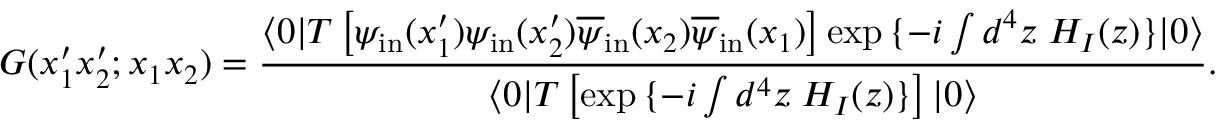
G ( x _ { 1 } ^ { \prime } x _ { 2 } ^ { \prime } ; x _ { 1 } x _ { 2 } ) = \frac { \langle 0 | T \left[ \psi _ { \mathrm { i n } } ( x _ { 1 } ^ { \prime } ) \psi _ { \mathrm { i n } } ( x _ { 2 } ^ { \prime } ) \overline { { \psi } } _ { \mathrm { i n } } ( x _ { 2 } ) \overline { { \psi } } _ { \mathrm { i n } } ( x _ { 1 } ) \right] \exp { \{ - i \int d ^ { 4 } z \; H _ { I } ( z ) \} } | 0 \rangle } { \langle 0 | T \left[ \exp { \{ - i \int d ^ { 4 } z \; H _ { I } ( z ) \} } \right] | 0 \rangle } .